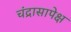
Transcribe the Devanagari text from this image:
चंद्रासापेक्ष